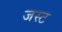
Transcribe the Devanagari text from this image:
जस्‍ट